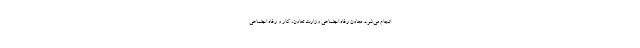
انجام می‌شود. معاون رفاه اجتماعی وزارت تعاون، کار و رفاه اجتماعی